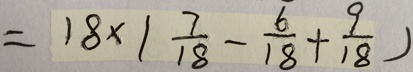
= 1 8 \times ( \frac { 7 } { 1 8 } - \frac { 6 } { 1 8 } + \frac { 9 } { 1 8 } )